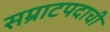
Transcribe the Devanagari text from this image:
सम्राटपदाची